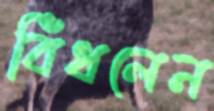
বিঁধলেন